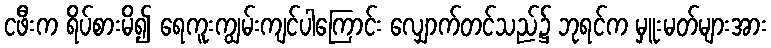
ငဖီးက ရိပ်စားမိ၍ ရေကူးကျွမ်းကျင်ပါကြောင်း လျှောက်တင်သည်၌ ဘုရင်က မှူးမတ်များအား